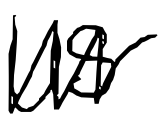
Text: US
Cross-out: zig-zag
Writing tool: digital_black